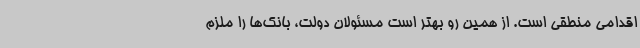
اقدامی منطقی است. از همین رو بهتر است مسئولان دولت، بانک‌ها را ملزم